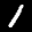
Label: 1